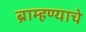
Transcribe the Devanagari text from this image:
ब्राम्हण्याचे